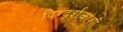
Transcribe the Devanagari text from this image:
दिग्दर्शकांशी